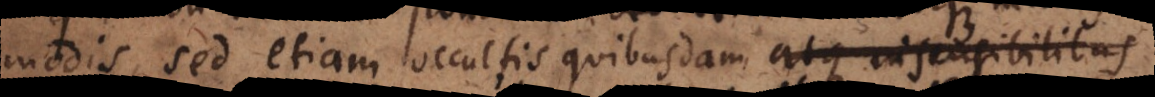
modis, sed etiam occultis quibusdam atque insensibilibus